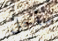
سأحل